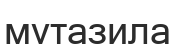
мутазила